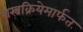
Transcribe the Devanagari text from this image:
शस्त्रक्रियेमार्फत